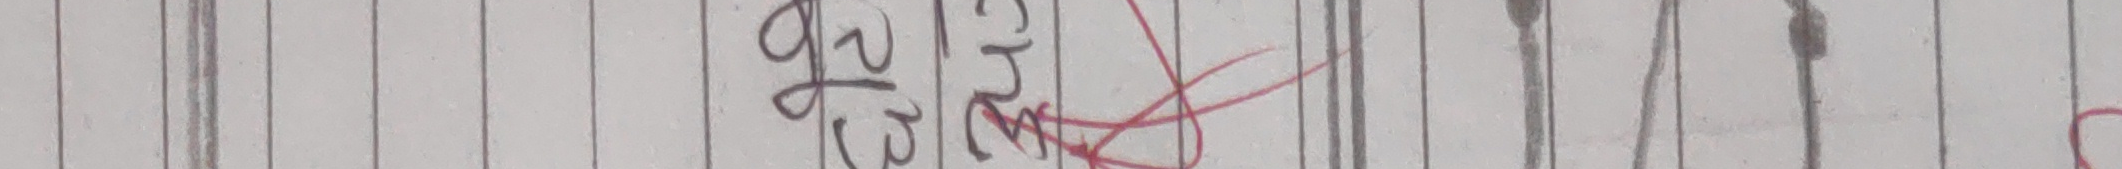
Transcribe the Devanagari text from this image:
१२
(९२) ग